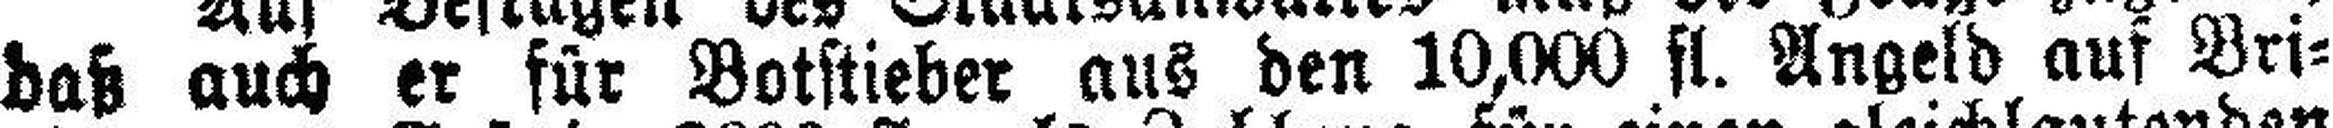
daß auch er für Botstieber aus den 10,000 fl. Angeld auf Bri¬